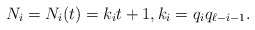
\begin{align*}N_i = N_i(t) = k_i t + 1, k_i = q_iq_{\ell-i-1}.\end{align*}